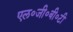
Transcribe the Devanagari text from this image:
एल०जी०बी०टी